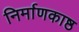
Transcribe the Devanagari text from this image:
निर्माणकाष्ठ